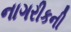
નાગરીકની